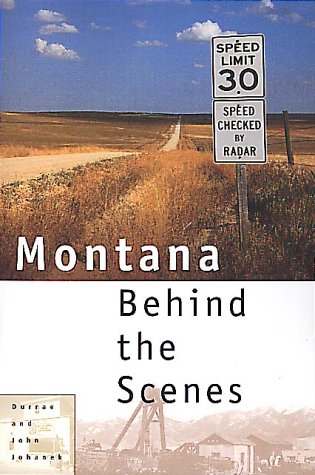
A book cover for Montana Behind the Scenes; Durrae Johanek; Travel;